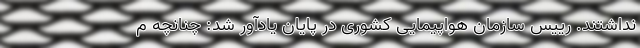
نداشتند. رییس سازمان هواپیمایی کشوری در پایان یادآور شد: چنانچه م